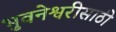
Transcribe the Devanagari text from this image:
भुवनेश्वरीसाठी